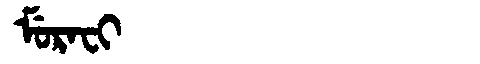
Manchu: ᠮᡠᡵᠠᠸᡳ
Romanization: MURAFI